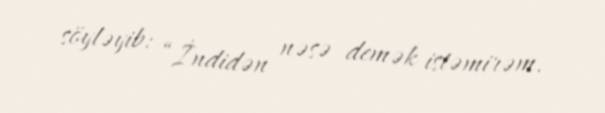
söyləyib: “İndidən nəsə demək istəmirəm.